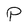
Character: P